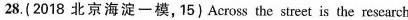
28.(2018 北京海淀一模,15) Across the street is the research